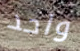
واحد